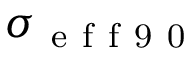
\sigma _ { \mathrm { ~ e ~ f ~ f ~ 9 ~ 0 ~ } }